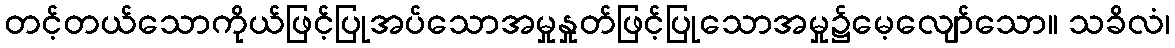
တင့်တယ်သောကိုယ်ဖြင့်ပြုအပ်သောအမှုနှုတ်ဖြင့်ပြုသောအမှု၌မေ့လျော်သော။ သခိလံ၊